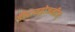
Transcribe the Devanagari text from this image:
डीहायड्रोजनीज्